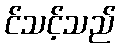
င်သင့်သည်